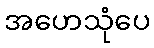
အဟေသုံပေ